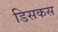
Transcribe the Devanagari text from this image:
डिसकस